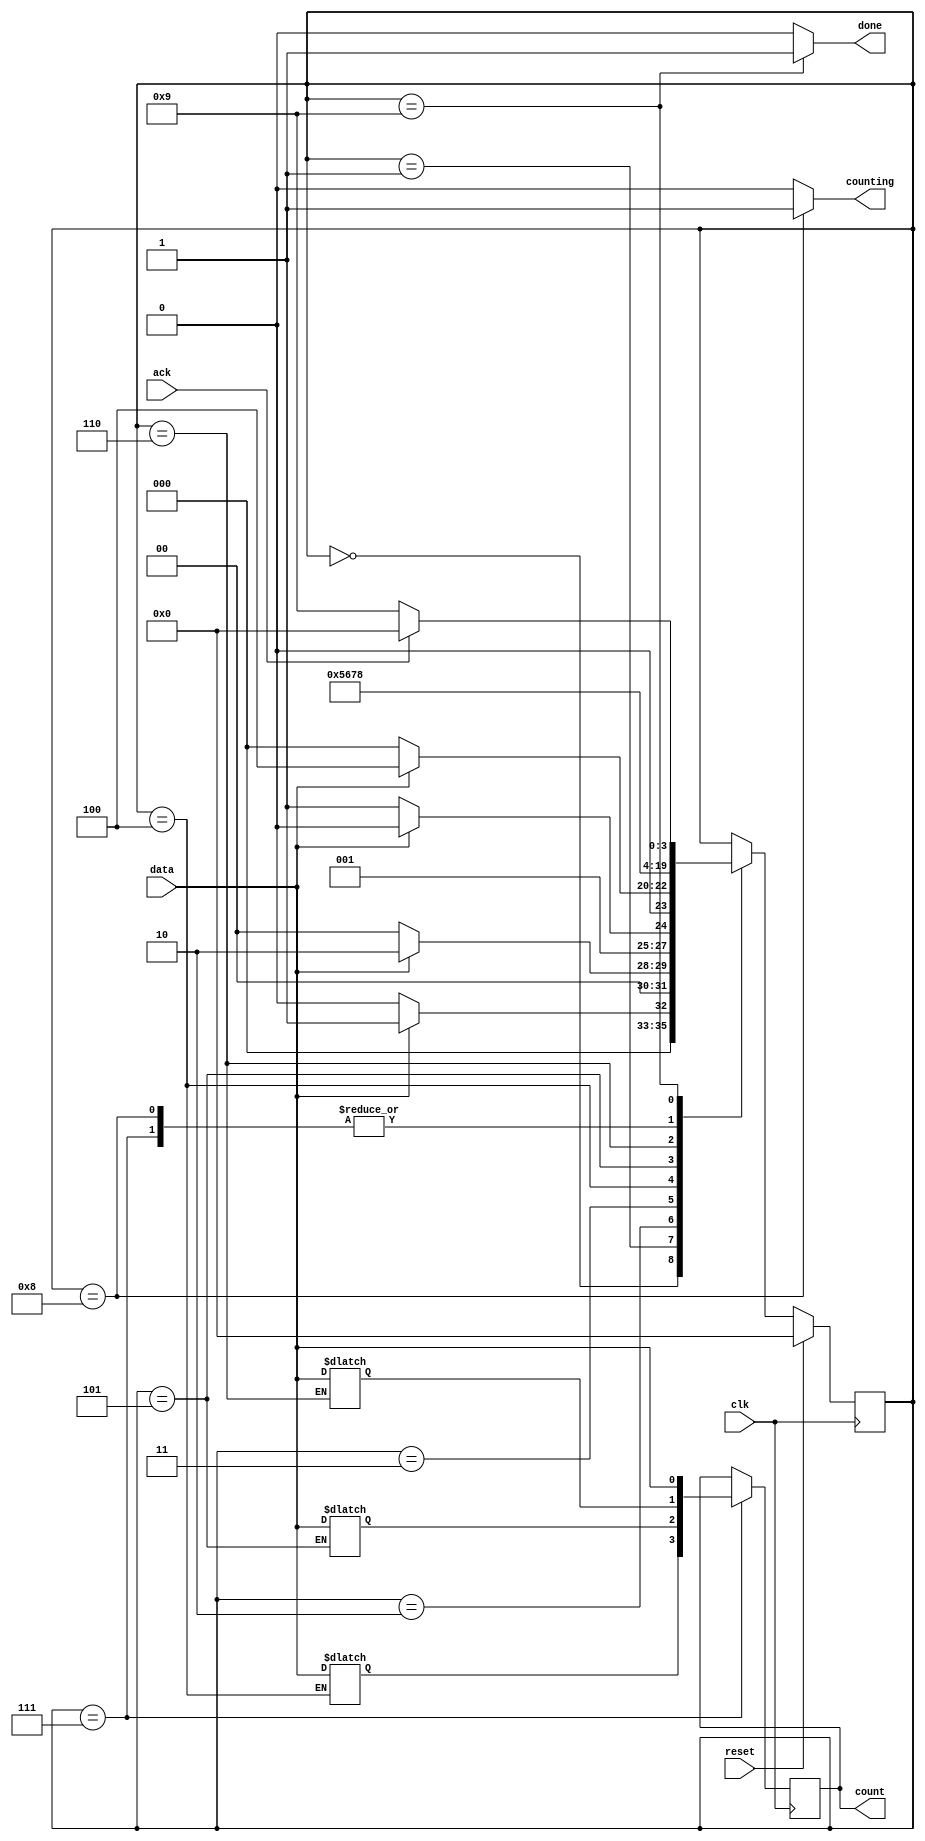
module top_module (
    input clk,
    input reset,      // Synchronous reset
    input data,
    output [3:0] count,
    output counting,
    output done,
    input ack );

    parameter S=0, S1=1, S11=2, S110=3, B0=4, B1=5, B2=6, B3=7, Count=8, Wait=9;
    reg[3:0] PS, NS;
    reg[3:0] c_val, cd_val;
    reg done_counting, dec_ena, count_ena;
    reg[9:0] q;
    
    initial
        begin
            done_counting <= 1'd0;
            q <= 10'd0;
            dec_ena <= 1'd0;
            count_ena <= 1'd0;
        end
    
    assign counting = (PS == Count)? 1:0;
    assign done = (PS == Wait)? 1:0;
    assign count = cd_val;
    
    assign count_ena = ((PS == Count) & (cd_val >= 0))? 1:0;
    assign dec_ena = (q == 10'd999)? 1:0;
    assign done_counting = ((cd_val == 0) & (q == 10'd999))? 1:0;
    
    always @(posedge clk)
        if(reset)
            PS <= S;
    	else
            PS <= NS;
    
    always @(*)
        case(PS)
            S: NS <= (data)? S1:S;
            S1: NS <= (data)? S11:S;
            S11: NS <= (data)? S11:S110;
            S110: NS <= (data)? B0:S;
            B0: begin
                NS <= B1;
                c_val[3] <= data;
            end
            B1: begin
                NS <= B2;
                c_val[2] <= data;
            end
            B2: begin
                NS <= B3;
                c_val[1] <= data;
            end
            B3: begin
                NS <= Count;
                c_val[0] <= data;
            end
            Count: NS <= (done_counting)? Wait:Count;
            Wait: NS <= (ack)? S:Wait;
            default: NS <= PS;
        endcase
    
    always @(posedge clk)
        if(PS == B3)
            cd_val = {c_val[3:1], data};
        else if(dec_ena && (c_val > 0))
            cd_val = cd_val - 4'd1;
    
    always @(posedge clk)
        if(reset)
            q = 10'd0;
        else if(q == 10'd999)
            q = 10'd0;
    	else if(count_ena)
            q = q + 10'd1;
endmodule